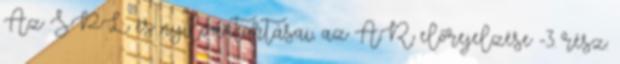
Az SPL és nyilvántartásai, az AR előrejelzése -3. rész: